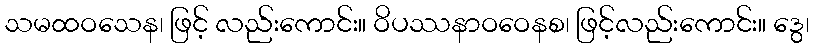
သမထဝသေန၊ ဖြင့် လည်းကောင်း။ ဝိပဿနာဝဝေနစ၊ ဖြင့်လည်းကောင်း။ ဒွေ၊